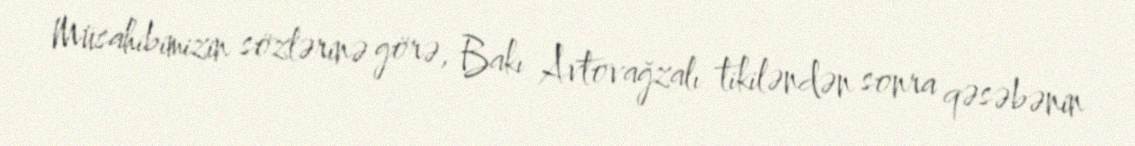
Müsahibimizin sözlərinə görə, Bakı Avtovağzalı tikiləndən sonra qəsəbənin